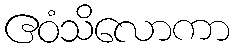
ဧဝံသိလောကာ